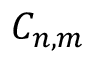
C _ { n , m }